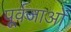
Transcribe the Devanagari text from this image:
पूर्वजाओं